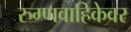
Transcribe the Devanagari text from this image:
रुग्णवाहिकेवर